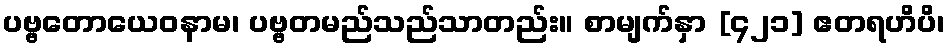
ပဗ္ဗတောယေဝနာမ၊ ပဗ္ဗတမည်သည်သာတည်း။ စာမျက်နှာ [၄၂၁] ဧတရဟိပိ၊